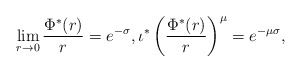
\begin{align*} \lim_{r\to 0}\frac{\Phi^*(r)}{r}=e^{-\sigma}, \iota^*\left(\frac{\Phi^*(r)}{r}\right)^{\mu}=e^{-\mu\sigma}, \end{align*}